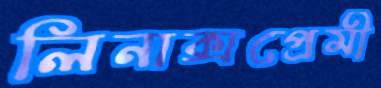
লিনাক্সপ্রেমী